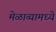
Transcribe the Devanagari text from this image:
मेळाव्यामध्ये